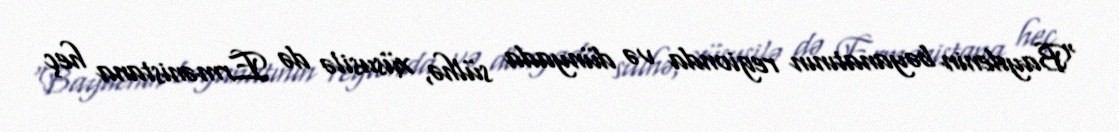
“Baydenin bəyanatının regionda və dünyada sülhə, xüsusilə də Ermənistana heç